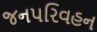
જનપરિવહન